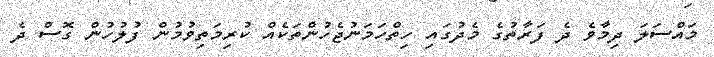
މައްސަލަ ދިމާވެ ދެ ފަރާތުގެ މެދުގައި ހިތްހަމަނުޖެހުންތަކެއް ކުރިމަތިވުމުން ފުލުހުން ގޮސް ދެ